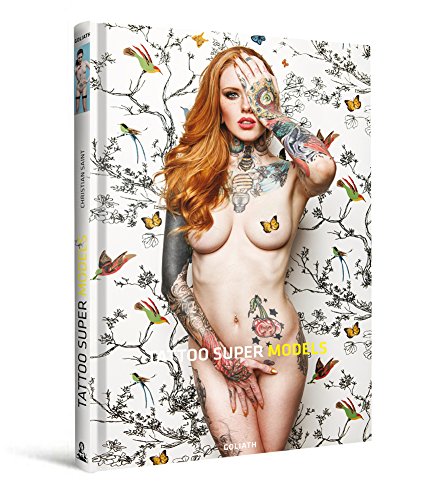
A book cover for Tattoo Super Models: inked & sexy (English, German, French, Spanish and Italian Edition); Arts & Photography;